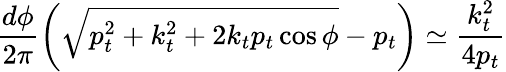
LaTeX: \! \! \! \! \! \! \! \! \! \! \! \! \! \int_{0}^{2\pi}\frac{d\phi}{2\pi}\left(\sqrt{p_{t}^{2}+k_{t}^{2}+2k_{t}p_{t}\cos\phi}-p_{t}\right)\simeq\frac{k_{t}^{2}}{4p_{t}}